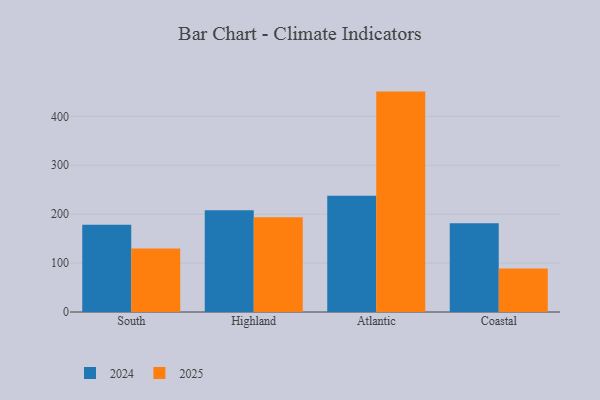
{"axis": {"x": "Region", "y": "Satisfaction Score"}, "legend": ["2024", "2025"], "data": [{"x": "South", "y": 130.0, "type": "2025"}, {"x": "South", "y": 178.2, "type": "2024"}, {"x": "Highland", "y": 193.9, "type": "2025"}, {"x": "Highland", "y": 207.9, "type": "2024"}, {"x": "Atlantic", "y": 450.5, "type": "2025"}, {"x": "Atlantic", "y": 237.6, "type": "2024"}, {"x": "Coastal", "y": 88.9, "type": "2025"}, {"x": "Coastal", "y": 181.3, "type": "2024"}]}